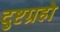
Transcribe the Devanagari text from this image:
दुष्टग्रहो